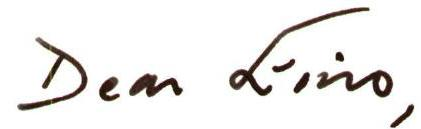
Dear Eino,